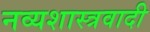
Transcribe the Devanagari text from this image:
नव्यशास्त्रवादी